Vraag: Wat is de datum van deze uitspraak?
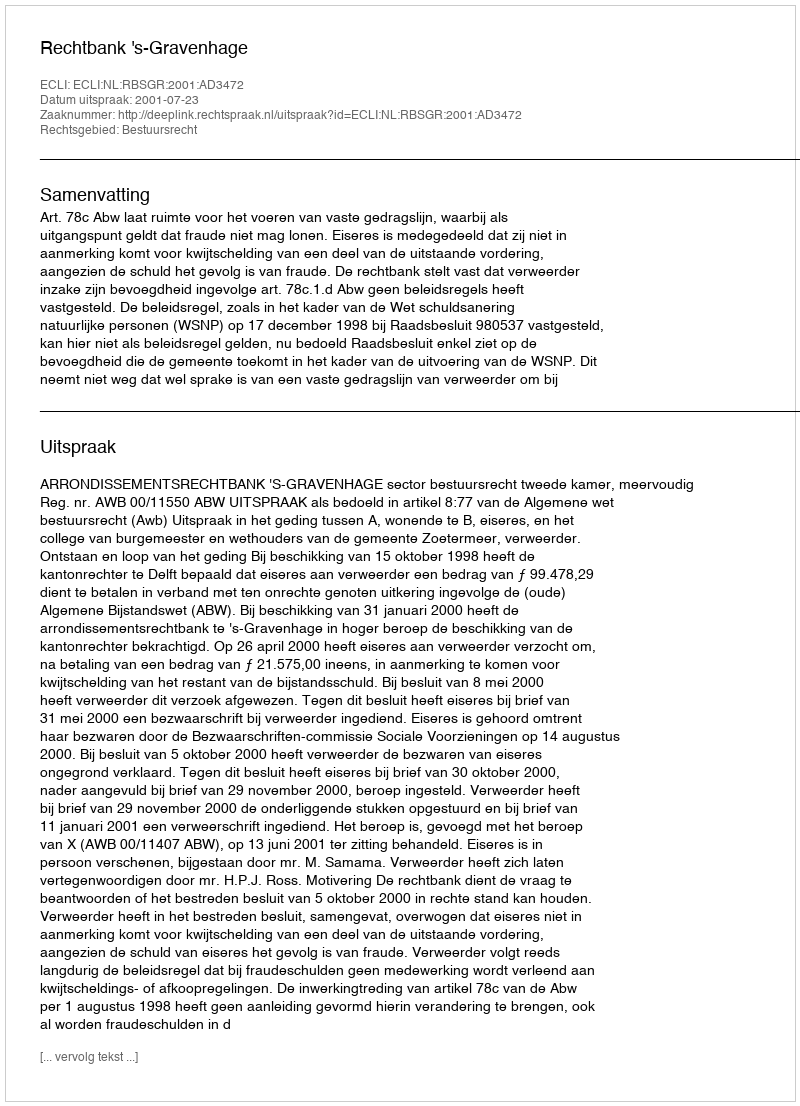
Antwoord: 2001-07-23